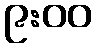
၉:၀၀